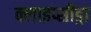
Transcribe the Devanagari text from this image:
क्लाइप्सीड्रा